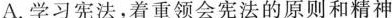
A.学习宪法，着重领会宪法的原则和精神